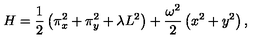
H = \frac { 1 } { 2 } \left( \pi _ { x } ^ { 2 } + \pi _ { y } ^ { 2 } + \lambda L ^ { 2 } \right) + \frac { \omega ^ { 2 } } { 2 } \left( x ^ { 2 } + y ^ { 2 } \right) ,